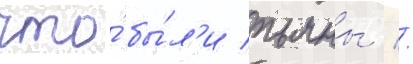
что́ бы́л'и пьяны //